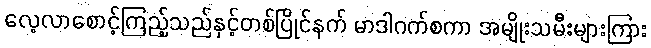
လေ့လာစောင့်ကြည့်သည်နှင့်တစ်ပြိုင်နက် မာဒါဂက်စကာ အမျိုးသမီးများကြား